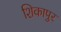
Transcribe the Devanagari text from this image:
शिकापुर